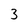
Character: 3